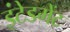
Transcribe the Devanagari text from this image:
इंटेडमेंट